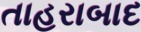
તાહરાબાદ